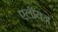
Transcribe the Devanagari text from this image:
एलॉयज़